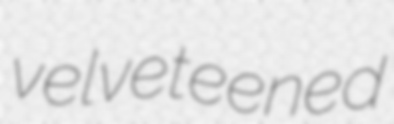
velveteened